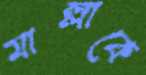
মাল্লাকে